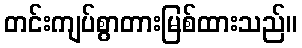
တင်းကျပ်စွာတားမြစ်ထားသည်။